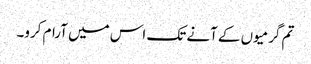
تم گرمیوں کے آنے تک اس میں آرام کرو۔